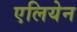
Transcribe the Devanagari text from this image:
एलियेन